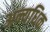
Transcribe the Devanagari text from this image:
अन्यधिक